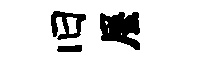
旧屋